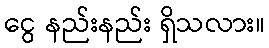
ငွေ နည်းနည်း ရှိသလား။